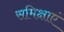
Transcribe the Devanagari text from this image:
समिक्षाएं